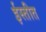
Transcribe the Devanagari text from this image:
ईस्तीत